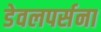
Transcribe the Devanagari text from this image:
डेवलपर्सना